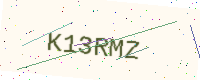
Text: K13RMZ